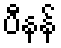
ပီနန်